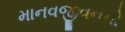
માનવજીવનનો